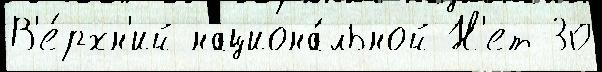
В'е́рхн'ий национа́льной Н'ет 30